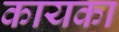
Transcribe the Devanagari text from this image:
कायका